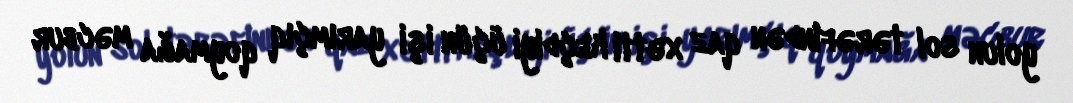
yolun sol tərəfindən qaz xətti keçdiyi üçün işi yarımçıq qoymağa məcbur